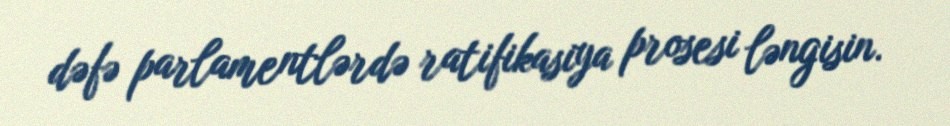
dəfə parlamentlərdə ratifikasiya prosesi ləngisin.